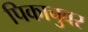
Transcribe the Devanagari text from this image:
पिकाचुवर